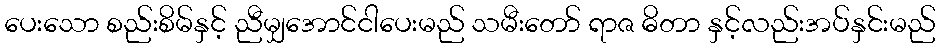
ပေးသော စည်းစိမ်နှင့် ညီမျှအောင်ငါပေးမည် သမီးတော် ရာဇ ဓိတာ နှင့်လည်းအပ်နှင်းမည်